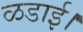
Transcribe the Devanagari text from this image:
ळडाई।